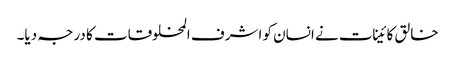
خالق کائینات نے انسان کو اشرف المخلوقات کا درجہ دیا۔